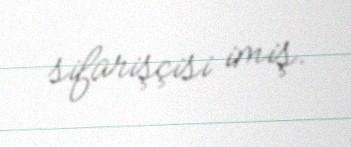
sifarişçisi imiş.